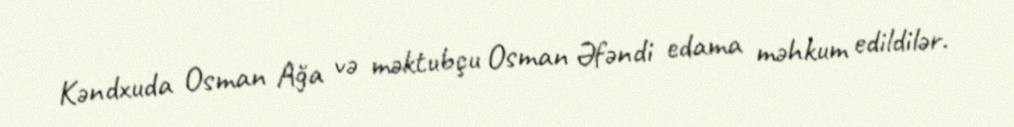
Kəndxuda Osman Ağa və məktubçu Osman Əfəndi edama məhkum edildilər.